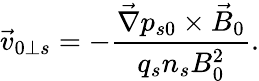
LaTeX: \vec{v}_{0\perp s}=-\frac{\vec{\nabla}p_{s0}\times\vec{B}_{0}}{q_{s}n_{s}B_{0}^{2}}.